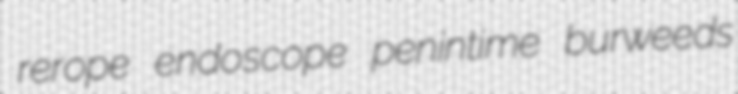
rerope endoscope penintime burweeds